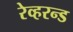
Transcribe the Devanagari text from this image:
रेव्हरन्ड